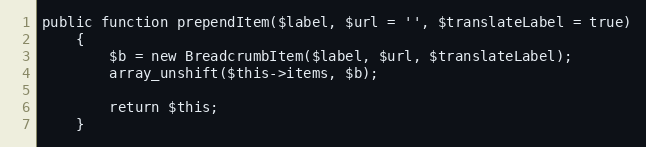
Language: PHP
public function prependItem($label, $url = '', $translateLabel = true)
    {
        $b = new BreadcrumbItem($label, $url, $translateLabel);
        array_unshift($this->items, $b);

        return $this;
    }